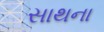
સાથના